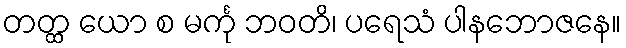
တတ္ထ ယော စ မင်္ကု ဘဝတိ၊ ပရေသံ ပါနဘောဇနေ။